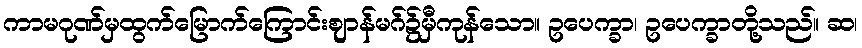
ကာမဂုဏ်မှထွက်မြောက်ကြောင်းဈာန်မဂ်၌မှီကုန်သော။ ဥပေက္ခာ၊ ဥပေက္ခာတို့သည်။ ဆ၊